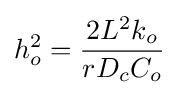
h_{o}^{2}={\frac {2L^{2}k_{o}}{rD_{c}C_{o}}}